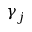
\gamma _ { j }